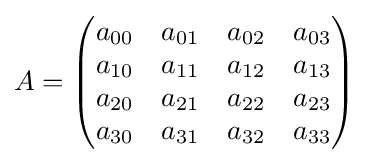
A={\begin{pmatrix}a_{00}&a_{01}&a_{02}&a_{03}\\a_{10}&a_{11}&a_{12}&a_{13}\\a_{20}&a_{21}&a_{22}&a_{23}\\a_{30}&a_{31}&a_{32}&a_{33}\\\end{pmatrix}}